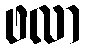
ဖလာ